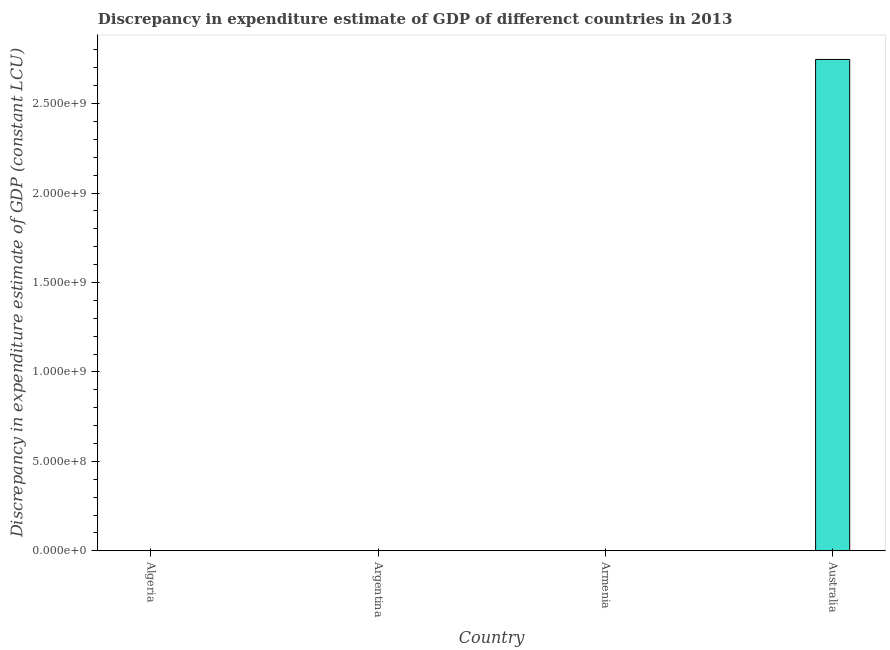
| Country | Discrepancy constant LCU |
 | --- | --- |
 | Algeria | -4.74e+10 |
 | Argentina | -1.78e+09 |
 | Armenia | -2.28e+11 |
 | Australia | 2.75e+09 |